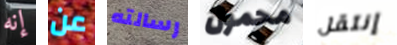
إنه عن رسالته محمول إنتقل